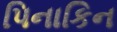
પિનાકિન